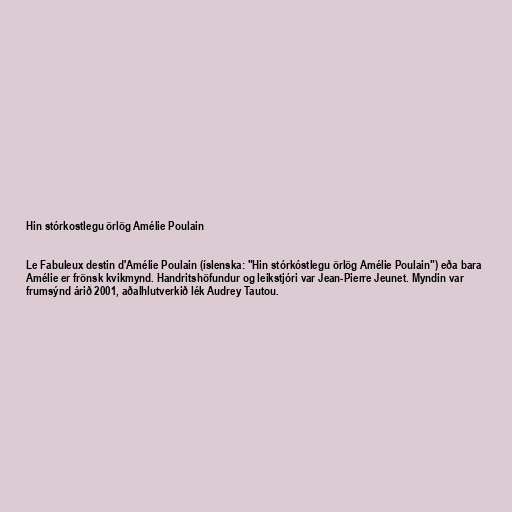
Hin stórkostlegu örlög Amélie Poulain

Le Fabuleux destin d'Amélie Poulain (íslenska: "Hin stórkóstlegu örlög Amélie Poulain") eða bara
Amélie er frönsk kvikmynd. Handritshöfundur og leikstjóri var Jean-Pierre Jeunet. Myndin var
frumsýnd árið 2001, aðalhlutverkið lék Audrey Tautou.